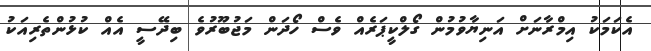
އެކަމަކު އިމްރާނަށް އަނިޔާވުމުން ގޯލްކީޕަރެއް ވެސް ހޯދަން މަޖުބޫރުވެ ބިދޭސީ އެއް ކުޅުންތެރިއަކު